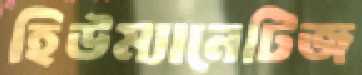
হিউম্যানেটিজ